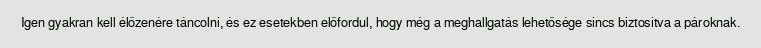
Igen gyakran kell élőzenére táncolni, és ez esetekben előfordul, hogy még a meghallgatás lehetősége sincs biztosítva a pároknak.